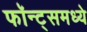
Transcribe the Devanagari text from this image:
फॉन्ट्‌समध्ये